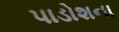
પાડોશના